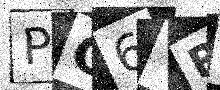
Text: PG6VRF